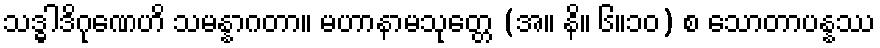
သဒ္ဓါဒိဂုဏေဟိ သမန္နာဂတာ။ မဟာနာမသုတ္တေ (အ။ နိ။ ၆။၁၀) စ သောတာပန္နဿ